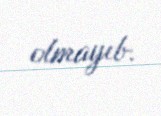
olmayıb.